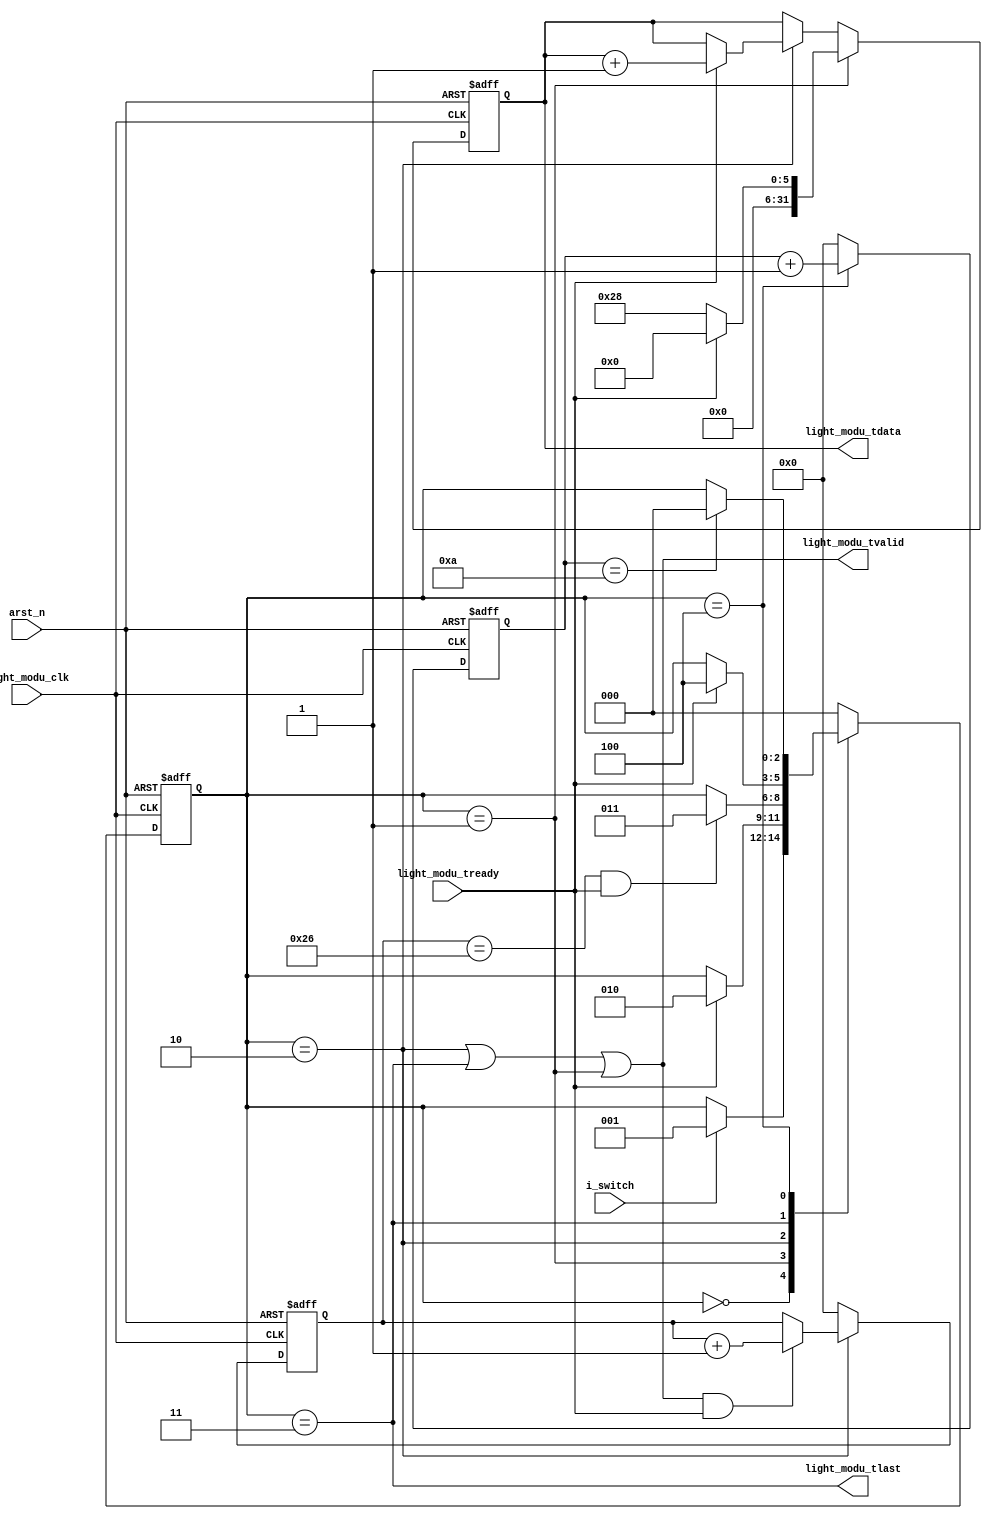
`timescale 1ns / 1ps
//////////////////////////////////////////////////////////////////////////////////
// Company: 
// 
// Design Name: 
// Module Name: pat_gen_switchable
// Project Name: 
// Target Devices: 
// Tool Versions: 
// Description: 
// 
// Dependencies: 
// 
// Revision:
// Revision 0.01 - File Created
// Additional Comments:
// add a switch of the packet transmission 
// i_switch will be effective untill a packet transmission is accomplished
//////////////////////////////////////////////////////////////////////////////////


module pat_gen_switchable(
        input   			arst_n,
        
		input				i_switch,
		
        input						light_modu_clk,
        output reg [31:0]			light_modu_tdata,
        output						light_modu_tvalid,
        output						light_modu_tlast,
        input						light_modu_tready
    );
    
    parameter   P_OFF	= 3'd0;
    parameter   P_IDLE  = 3'd1;
    parameter   P_DATA  = 3'd2;
    parameter   P_EOF  =  3'd3;
    parameter   P_WAIT  = 3'd4;
    (*KEEP = "TRUE"*) reg   [2:0]   state;
    
    parameter   FRAME_LEN_VAL   = 32'd40;
    parameter   FRAME_GAP_VAL   = 32'd10;
    
    reg     [15:0]  frame_len_cnt;
    reg     [15:0]  frame_gap_cnt;
    
    //FSM controller
    always @ (posedge light_modu_clk or negedge arst_n)
    begin
        if (!arst_n)
            state <= P_OFF;
        else
        begin
            case (state)
                P_OFF: begin
                    if (i_switch)//i_switch will be effective untill a packet transmission is accomplished
                        state <= P_IDLE;
                    else ;
                end
                
                P_IDLE: begin
                    if (light_modu_tready)//i_switch will be effective untill a packet transmission is accomplished
                        state <= P_DATA;
                    else ;
                end
                
                P_DATA: begin
                    if ((frame_len_cnt == (FRAME_LEN_VAL - 2'd2)) &&  light_modu_tready)
                        state <= P_EOF;
                    else ;
                end
				
                P_EOF: begin
                    if (light_modu_tready )
                        state <= P_WAIT;
                    else ;
                end
                
                P_WAIT: begin
                    if (frame_gap_cnt == FRAME_GAP_VAL)
                        state <= P_OFF;
                    else ;
                end
                
                default: state <= P_OFF;
            endcase
        end
    end
    
	assign light_modu_tvalid = (state == P_DATA) || (state == P_EOF) || (state == P_IDLE);
	assign light_modu_tlast  =  (state == P_EOF) ;
	
	
    //frame length counter
    always @ (posedge light_modu_clk or negedge arst_n)
    begin
        if (!arst_n)
            frame_len_cnt <= 16'd0;
        else
        begin
            if (state == P_DATA)
            begin
                if (light_modu_tvalid	&&	light_modu_tready)
                    frame_len_cnt <= frame_len_cnt + 1'b1;
                else ;
            end
            else
                frame_len_cnt <= 16'd0;
        end
    end
    
    //frame gap counter
    always @ (posedge light_modu_clk or negedge arst_n)
    begin
        if (!arst_n)
            frame_gap_cnt <= 16'd0;
        else
        begin
            if (state == P_WAIT)
                frame_gap_cnt <= frame_gap_cnt + 1'b1;
            else
                frame_gap_cnt <= 16'd0;
        end
    end
    
    //send data
    always @ (posedge light_modu_clk or negedge arst_n)
    begin
        if (!arst_n)
        begin
            light_modu_tdata  <= 32'd0;
        end
        else begin
            if (state == P_IDLE) begin
				if(light_modu_tready)
					light_modu_tdata  <= 32'd0;
				else begin
					light_modu_tdata  <= FRAME_LEN_VAL ;
				end				
            end
			else begin
				if (state == P_DATA) begin
					if(light_modu_tready)
						light_modu_tdata  <= light_modu_tdata + 1'b1;
					else begin
						light_modu_tdata  <= light_modu_tdata;
					end

				end
			end
        end
    end
    
endmodule